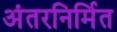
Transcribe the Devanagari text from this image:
अंतरनिर्मित